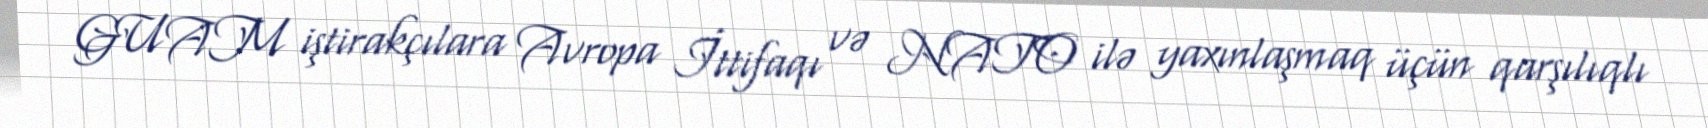
GUAM iştirakçılara Avropa İttifaqı və NATO ilə yaxınlaşmaq üçün qarşılıqlı